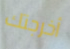
أخرجتك